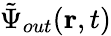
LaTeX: \tilde{{\Psi}}_{out}(\textbf{r},t)